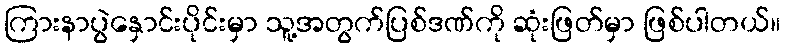
ကြားနာပွဲနှောင်းပိုင်းမှာ သူ့အတွက်ပြစ်ဒဏ်ကို ဆုံးဖြတ်မှာ ဖြစ်ပါတယ်။